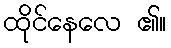
ထိုင်နေလေ ၏။